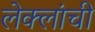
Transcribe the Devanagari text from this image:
लेक्लांची